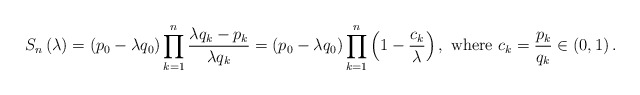
\begin{align*}S_n\left( \lambda \right)=\left( p_0-\lambda q_0 \right)\prod_{k=1}^n\frac{\lambda q_k-p_k}{\lambda q_k}=\left( p_0-\lambda q_0 \right)\prod_{k=1}^n\left(1-\frac{c_k}{\lambda} \right), \mbox{ where } c_k=\frac{p_k}{q_k} \in \left( 0,1 \right).\end{align*}